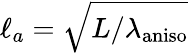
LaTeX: \ell_{a}=\sqrt{L/\lambda_{\mathrm{aniso}}}